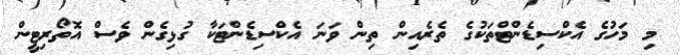
މި މަހުގެ އެކްސިޑެންޓްތަކުގެ ތެރެއިން ތިން ވަނަ އެކްސިޑެންޓަކާ ގުޅިގެން ވެސް އޮތޯރިޓީން